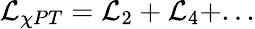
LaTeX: {\cal L}_{\chi PT}={\cal L}_{2}+{\cal L}_{4}+...